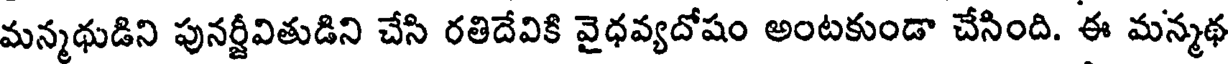
మన్మథుడిని పునర్జీవితుడిని చేసి రతిదేవికి వైధవ్యదోషం అంటకుండా చేసింది. ఈ మన్మథ